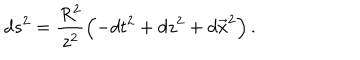
d s ^ { 2 } = \frac { R ^ { 2 } } { z ^ { 2 } } \left( - d t ^ { 2 } + d z ^ { 2 } + d \vec { x } ^ { 2 } \right) .